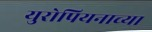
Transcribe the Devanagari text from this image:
युरोपियनाच्या